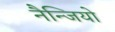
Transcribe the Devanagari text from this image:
नैन्जियो